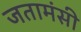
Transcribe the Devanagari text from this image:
जतामंसी